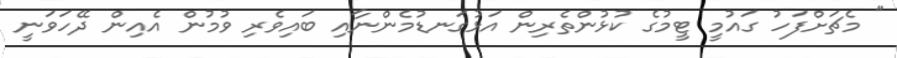
" މެޗަށްފަހު ގައުމީ ޓީމުގެ ކުޅުންތެރިން އަޅުގަނޑުމެންނާއި ބައިވެރި ވުމުން އެއިން ދޭހަވަނީ